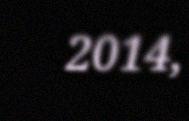
2014,